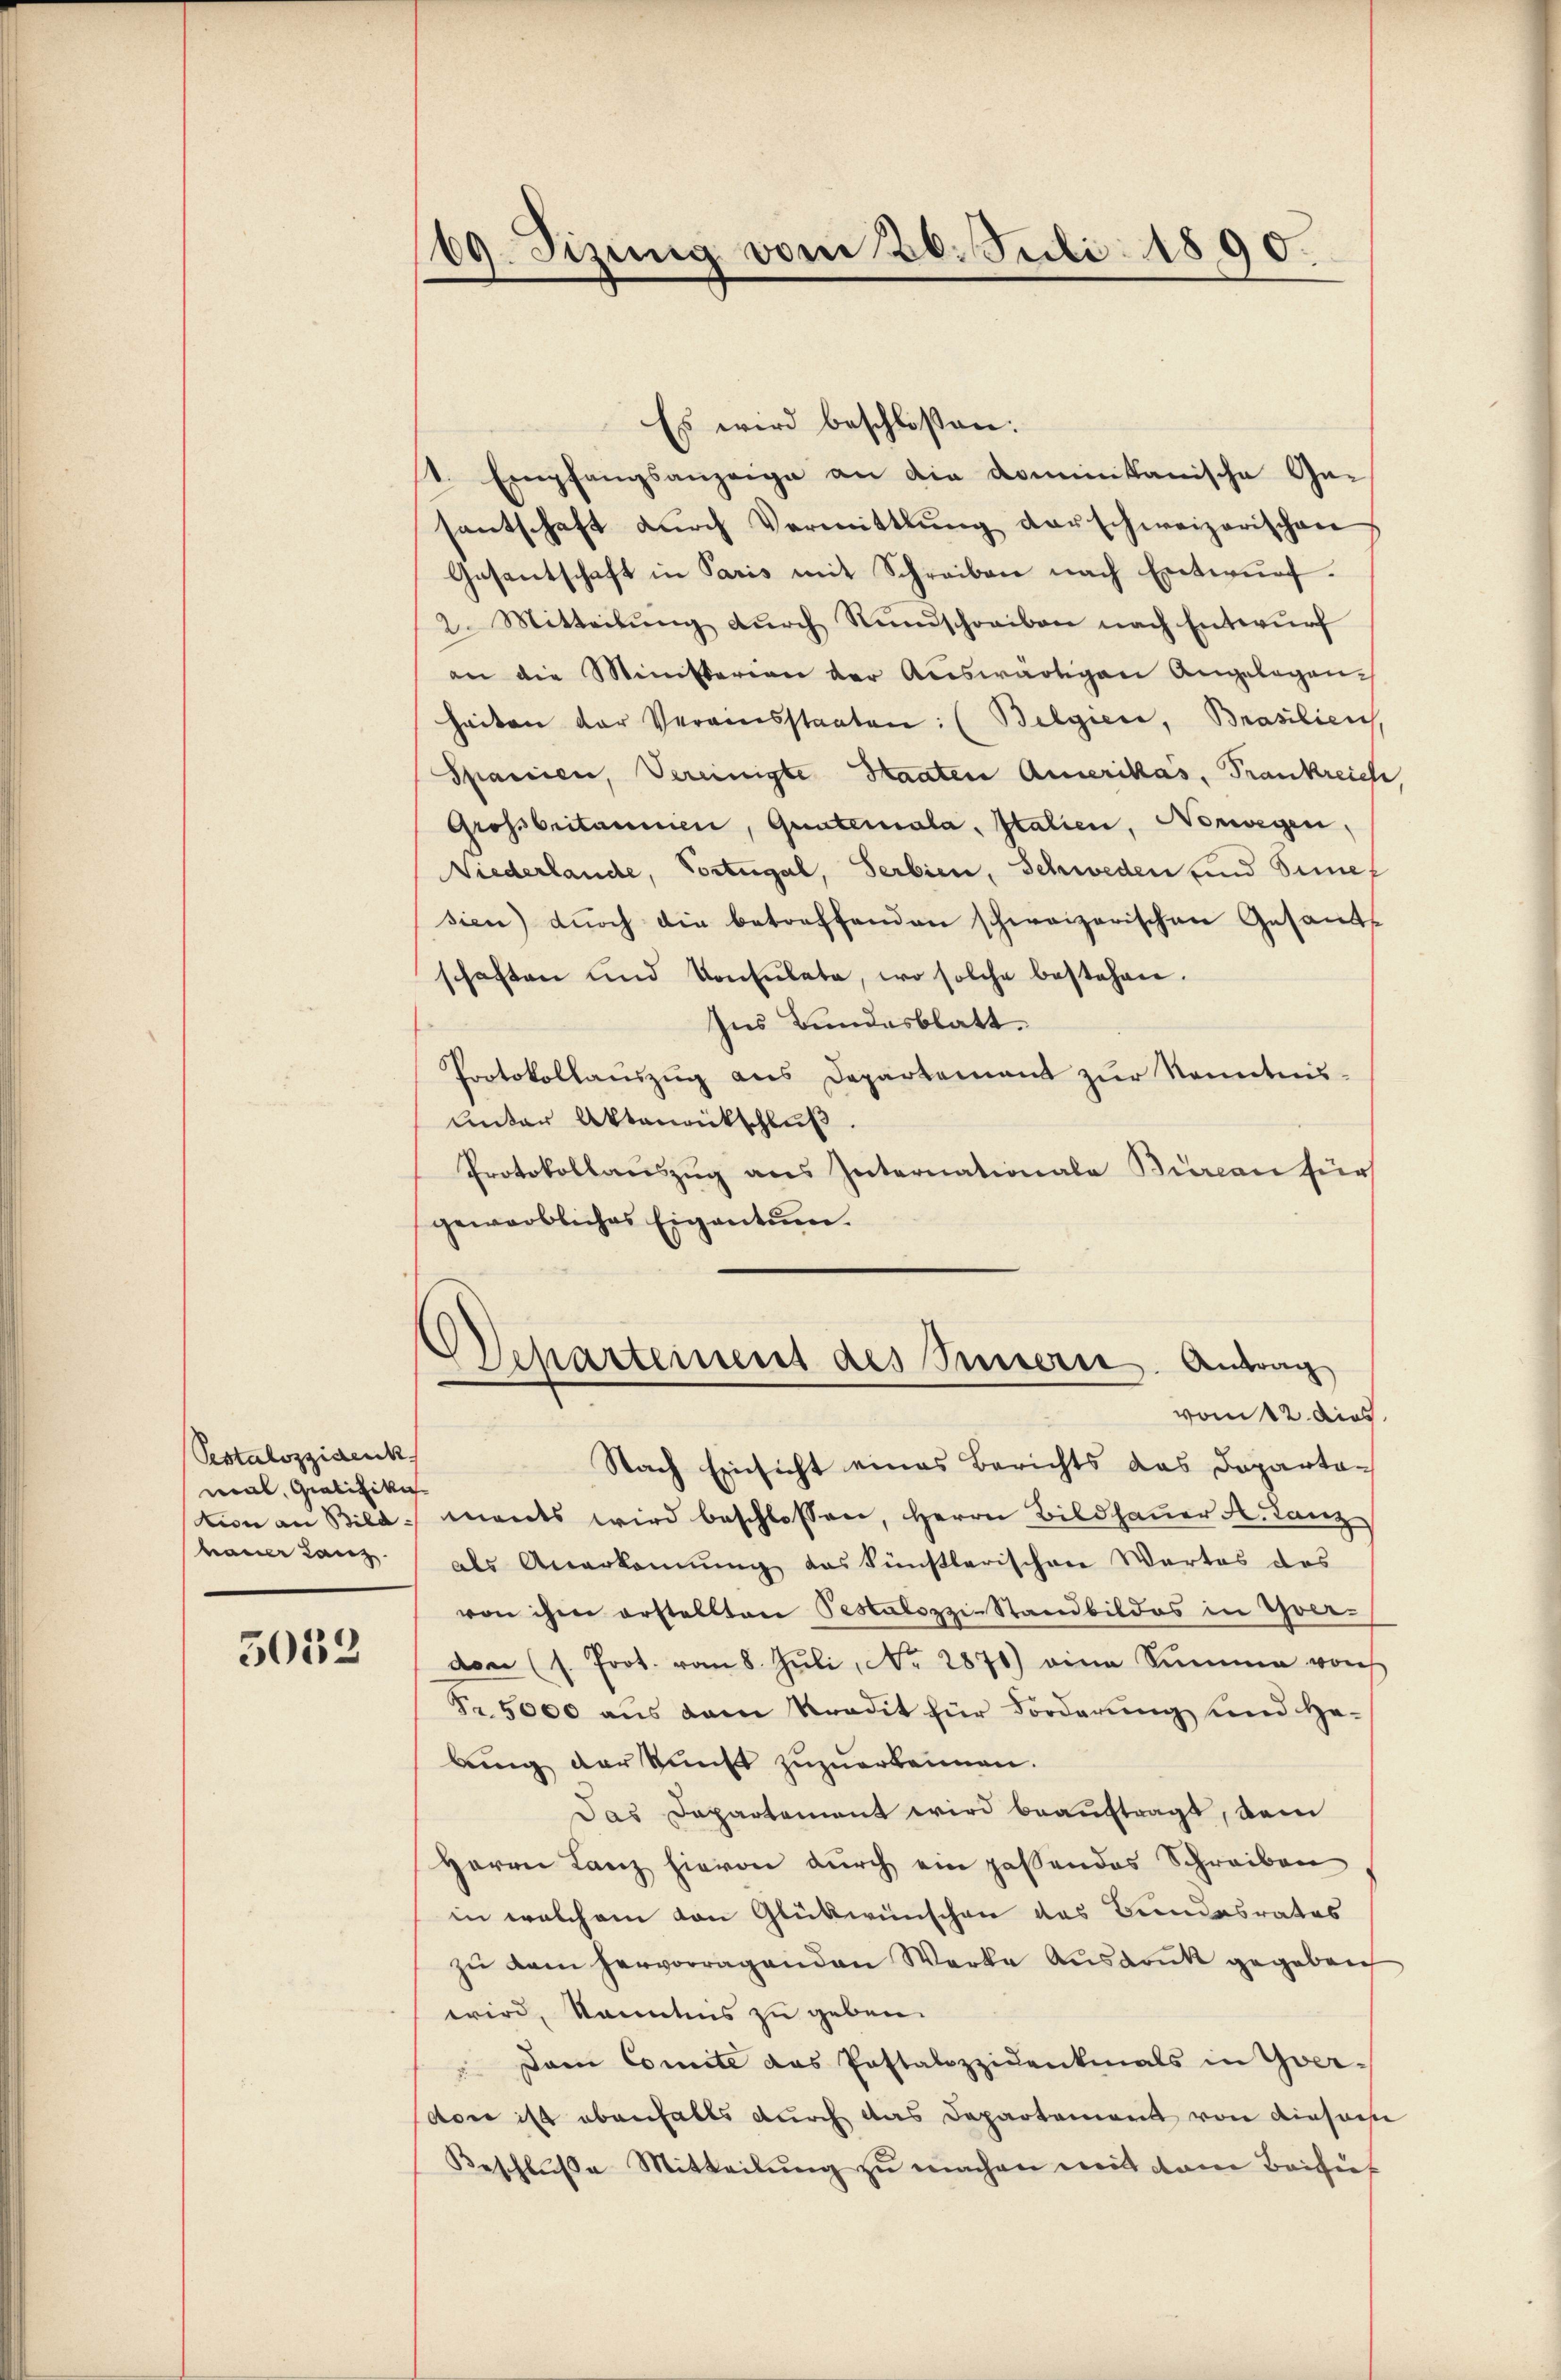
Pestalozzidenk
was Giolitike
tion an Bild-
hauer Lanz

5052

69. Sizung vom 26. Juli 1890.

Es wird beschloßen:
1. Empfangsanzeige an die dominikanische Ge-
santschaft dŭrch Vermittlung derschweizerischen
Gasentschaft in Paris mit Schreiben nach Entwurf.
2. Mitteilŭng dŭrch Rundschreiben nach Entwŭrf
an die Ministerian der Auswärtigen Angelegen-
heiten der Vereinsstaaten: (Belgiere, Brasilien,
Spanien, Vereinigte Staaten Amerikas, Frankreich
Grossbritanien, Quateriala, Italien, Norwegen,
Niederlande, Vortugal, Serbien, Schweden und Sinner
sien) durch die betreffenden schweizerischen Gesandschaften und Konsulate, wo solche bestehen.
Ins Bundesblatt.
Protokollauszug aus Departement zur Kenntnis-
unter Aktenrückschlŭβ
Protokollauszug aus Internationale Büreau für
gewerbliches Eigentum.

Scharteinent des Innern. Antrag
vom 12. dies

Nach Einsicht eines Berichts das Departa-
mants wird beschlossen, Herrn Bildhauer A. Lanz
als Anerkennung das künstlerischen Wartes des
von ihm erstellten Pestalozzi-Standbildes in Yver-
don (s. Prot. vom 8. Jŭli, Nr. 2871) eine Summe von
Fr. 5000 aus dem Kredit für Forderung und Habung der kunst zuzuerkennen.
Das Departement wird beauftragt, dem
Herrn Lanz hievon durch ein passendes Schreiben
in welchem von Glükwünschen des Bundesrates
zŭ dem hervorragenden Werke Aŭsdrŭk gegeben
wird, kanntnis zu geben.
" Dom Comite das Postalozzidenkmals in Yvervon ist ebenfalls durch das Departement von Kiesache
Beschlŭβe Mitteilŭng zŭ machen mit dem Beisit